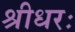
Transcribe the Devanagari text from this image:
श्रीधरः